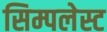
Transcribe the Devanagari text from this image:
सिम्पलेस्ट